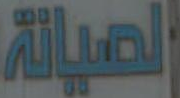
الصيانة